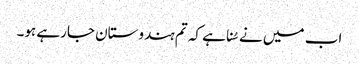
اب میں نے سُنا ہے کہ تم ہندوستان جارہے ہو۔